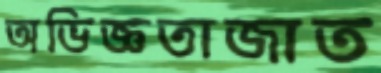
অভিজ্ঞতাজাত